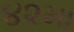
૪૨મા